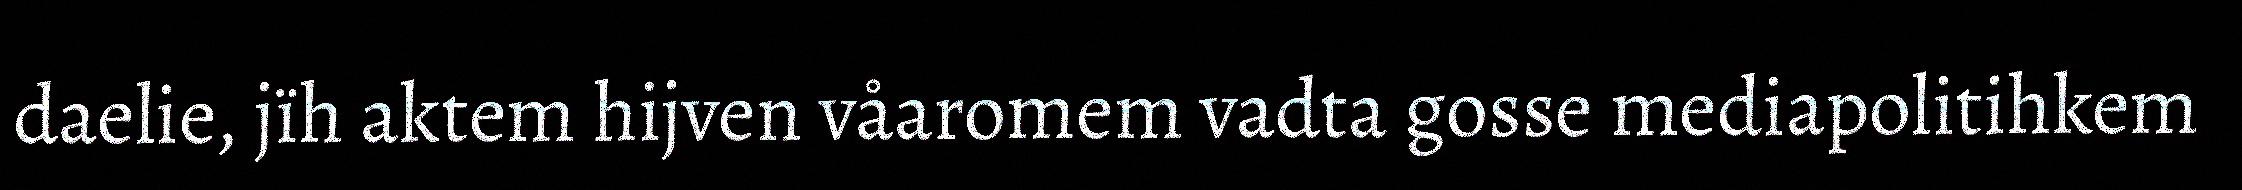
daelie, jïh aktem hijven våaromem vadta gosse mediapolitihkem